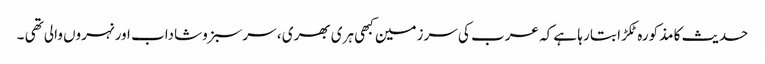
حدیث کا مذکورہ ٹکڑا بتا رہا ہے کہ عرب کی سرزمین کبھی ہری بھری ، سرسبزوشاداب اور نہروں والی تھی ۔